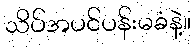
သိပ်အပင်ပန်းမခံနဲ့။